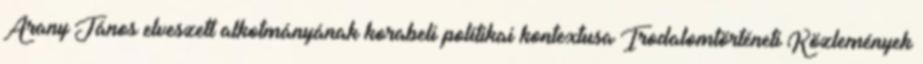
Arany János elveszett alkotmányának korabeli politikai kontextusa Irodalomtörténeti Közlemények